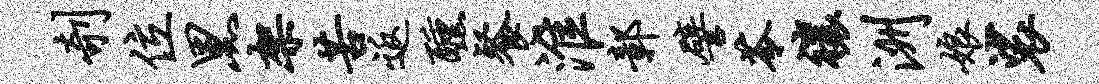
剞位黑架苦返醺餐淮鄣譬苓禳洲娘裟